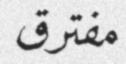
مفترق